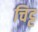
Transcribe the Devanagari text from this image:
चिट्ट